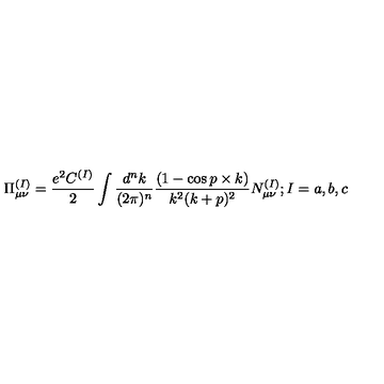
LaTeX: \Pi _ { \mu \nu } ^ { ( I ) } = { \frac { e ^ { 2 } C ^ { ( I ) } } { 2 } } \int { \frac { d ^ { n } k } { ( 2 \pi ) ^ { n } } } { \frac { ( 1 - \cos p \times k ) } { k ^ { 2 } ( k + p ) ^ { 2 } } } N _ { \mu \nu } ^ { ( I ) } ; I = a , b , c